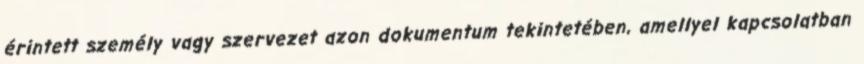
érintett személy vagy szervezet azon dokumentum tekintetében, amellyel kapcsolatban